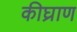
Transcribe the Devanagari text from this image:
कीघ्राण